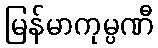
မြန်မာကုမ္ပဏီ